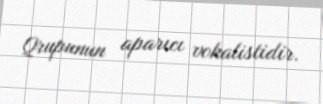
Qrupunun aparıcı vokalistidir.